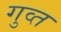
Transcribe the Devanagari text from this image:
गुव्त